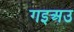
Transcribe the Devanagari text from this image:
गइअउ